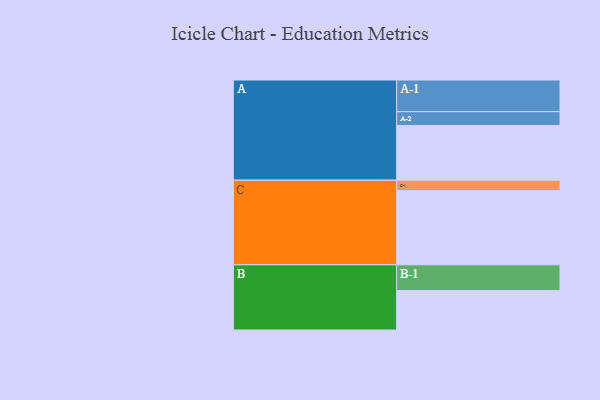
{"axis": {"x": "Segment", "y": "Value"}, "legend": ["", "A", "B", "C"], "data": [{"x": "A", "y": 418, "type": ""}, {"x": "B", "y": 301, "type": ""}, {"x": "C", "y": 566, "type": ""}, {"x": "A-1", "y": 242, "type": "A"}, {"x": "A-2", "y": 105, "type": "A"}, {"x": "B-1", "y": 197, "type": "B"}, {"x": "C-1", "y": 80, "type": "C"}]}